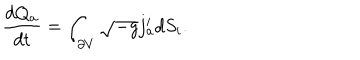
LaTeX: { \frac { d Q _ { a } } { d t } } = \int _ { \partial V } \sqrt { - g } j _ { a } ^ { i } d S _ { i } .